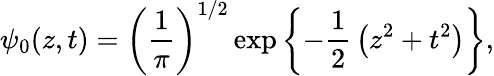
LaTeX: \psi_{0}(z,t)=\left({\frac{1}{\pi}}\right)^{1/2}\exp\left\{ -{\frac{1}{2}}\left(z^{2}+t^{2}\right)\right\} ,